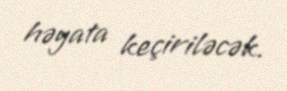
həyata keçiriləcək.